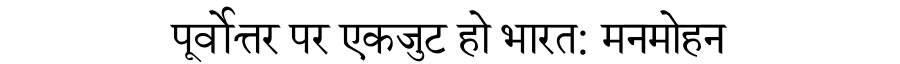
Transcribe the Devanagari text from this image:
पूर्वोत्तर पर एकजुट हो भारत: मनमोहन